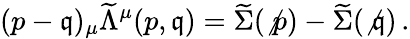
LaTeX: (p-\mathfrak{q})_{\mu}{\widetilde{{\Lambda}}}^{\mu}(p,\mathfrak{q})=\widetilde{{\Sigma}}(\not{{p}})-\widetilde{{\Sigma}}(\not{{\mathfrak{q}}})\, .